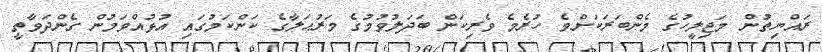
ރައްޔިތުން މަޖިލީހުގެ މެންބަރަކަށްވެ ހުރެމެ ވެރިކަން ބަދަލުވުމުގެ މަރުޙަލާގެ ކަންކަމުގައި އުޅުއްވަމުން ގެންދަވާތީ